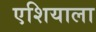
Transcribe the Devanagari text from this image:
एशियाला